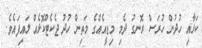
ކަޅާއި ހުދުން ހުރަސް ރޮނގު ދެމި މިޑީއެއްގެ މަތިން ހުދު ޖެކެޓްކޮޅެއް ލައިފައެވެ.